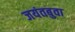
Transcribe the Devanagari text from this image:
जयंतबुवा